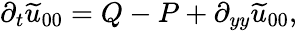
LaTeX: \partial_{t}\widetilde{u}_{00}=Q-{P}+\partial_{yy}\widetilde{u}_{00},